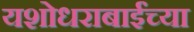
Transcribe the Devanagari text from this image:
यशोधराबाईंच्या